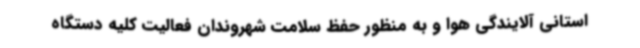
استانی آلایندگی هوا و به منظور حفظ سلامت شهروندان فعالیت کلیه دستگاه